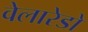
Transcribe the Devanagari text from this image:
वेलारेडो